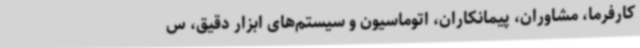
کارفرما، مشاوران، پیمانکاران، اتوماسیون و سیستم‌های ابزار دقیق، س